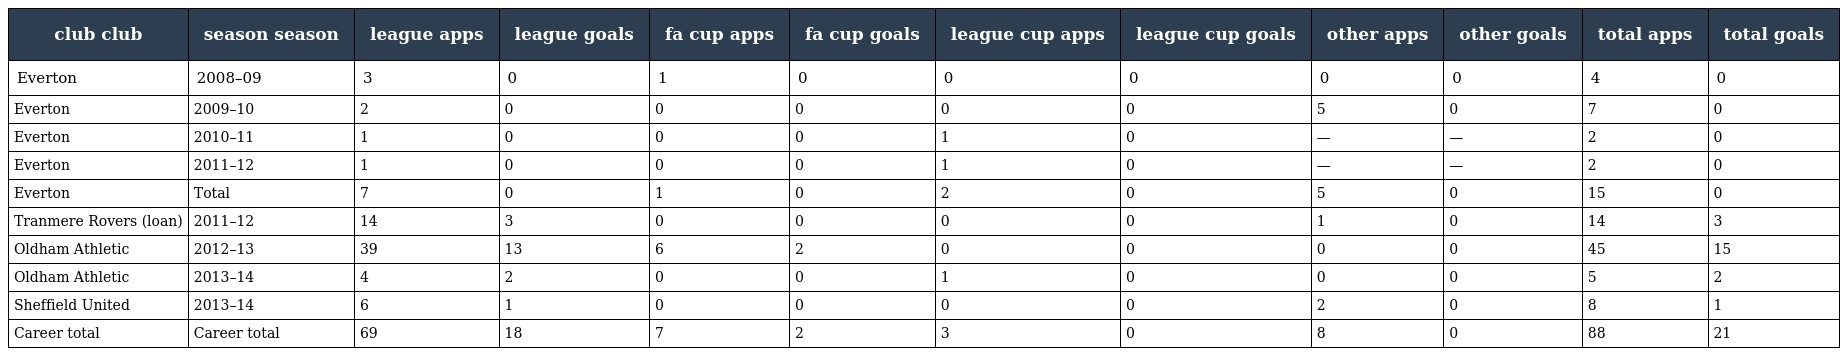
| club club | season season | league apps | league goals | fa cup apps | fa cup goals | league cup apps | league cup goals | other apps | other goals | total apps | total goals |
 | --- | --- | --- | --- | --- | --- | --- | --- | --- | --- | --- | --- |
 | Everton | 2008–09 | 3 | 0 | 1 | 0 | 0 | 0 | 0 | 0 | 4 | 0 |
 | Everton | 2009–10 | 2 | 0 | 0 | 0 | 0 | 0 | 5 | 0 | 7 | 0 |
 | Everton | 2010–11 | 1 | 0 | 0 | 0 | 1 | 0 | — | — | 2 | 0 |
 | Everton | 2011–12 | 1 | 0 | 0 | 0 | 1 | 0 | — | — | 2 | 0 |
 | Everton | Total | 7 | 0 | 1 | 0 | 2 | 0 | 5 | 0 | 15 | 0 |
 | Tranmere Rovers (loan) | 2011–12 | 14 | 3 | 0 | 0 | 0 | 0 | 1 | 0 | 14 | 3 |
 | Oldham Athletic | 2012–13 | 39 | 13 | 6 | 2 | 0 | 0 | 0 | 0 | 45 | 15 |
 | Oldham Athletic | 2013–14 | 4 | 2 | 0 | 0 | 1 | 0 | 0 | 0 | 5 | 2 |
 | Sheffield United | 2013–14 | 6 | 1 | 0 | 0 | 0 | 0 | 2 | 0 | 8 | 1 |
 | Career total | Career total | 69 | 18 | 7 | 2 | 3 | 0 | 8 | 0 | 88 | 21 |